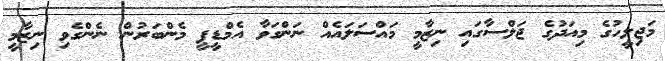
މަޖިލީހުގެ މިއަދުގެ ޖަލްސާގައި ނިޒާމީ މައްސަލައެއް ނަންގަވާ އެމްޑީޕީ މެންބަރުން ނެންގެވި ނިޒާމީ